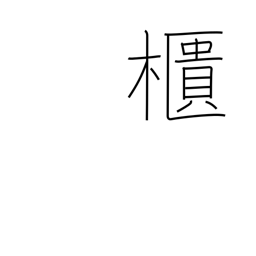
Meaning: chest